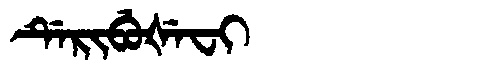
Manchu: ᡩᡝᡵᡳᠪᡠᡧᡝᠸᡳ
Romanization: DERIBUŠEFI